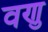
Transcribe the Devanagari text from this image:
वणु